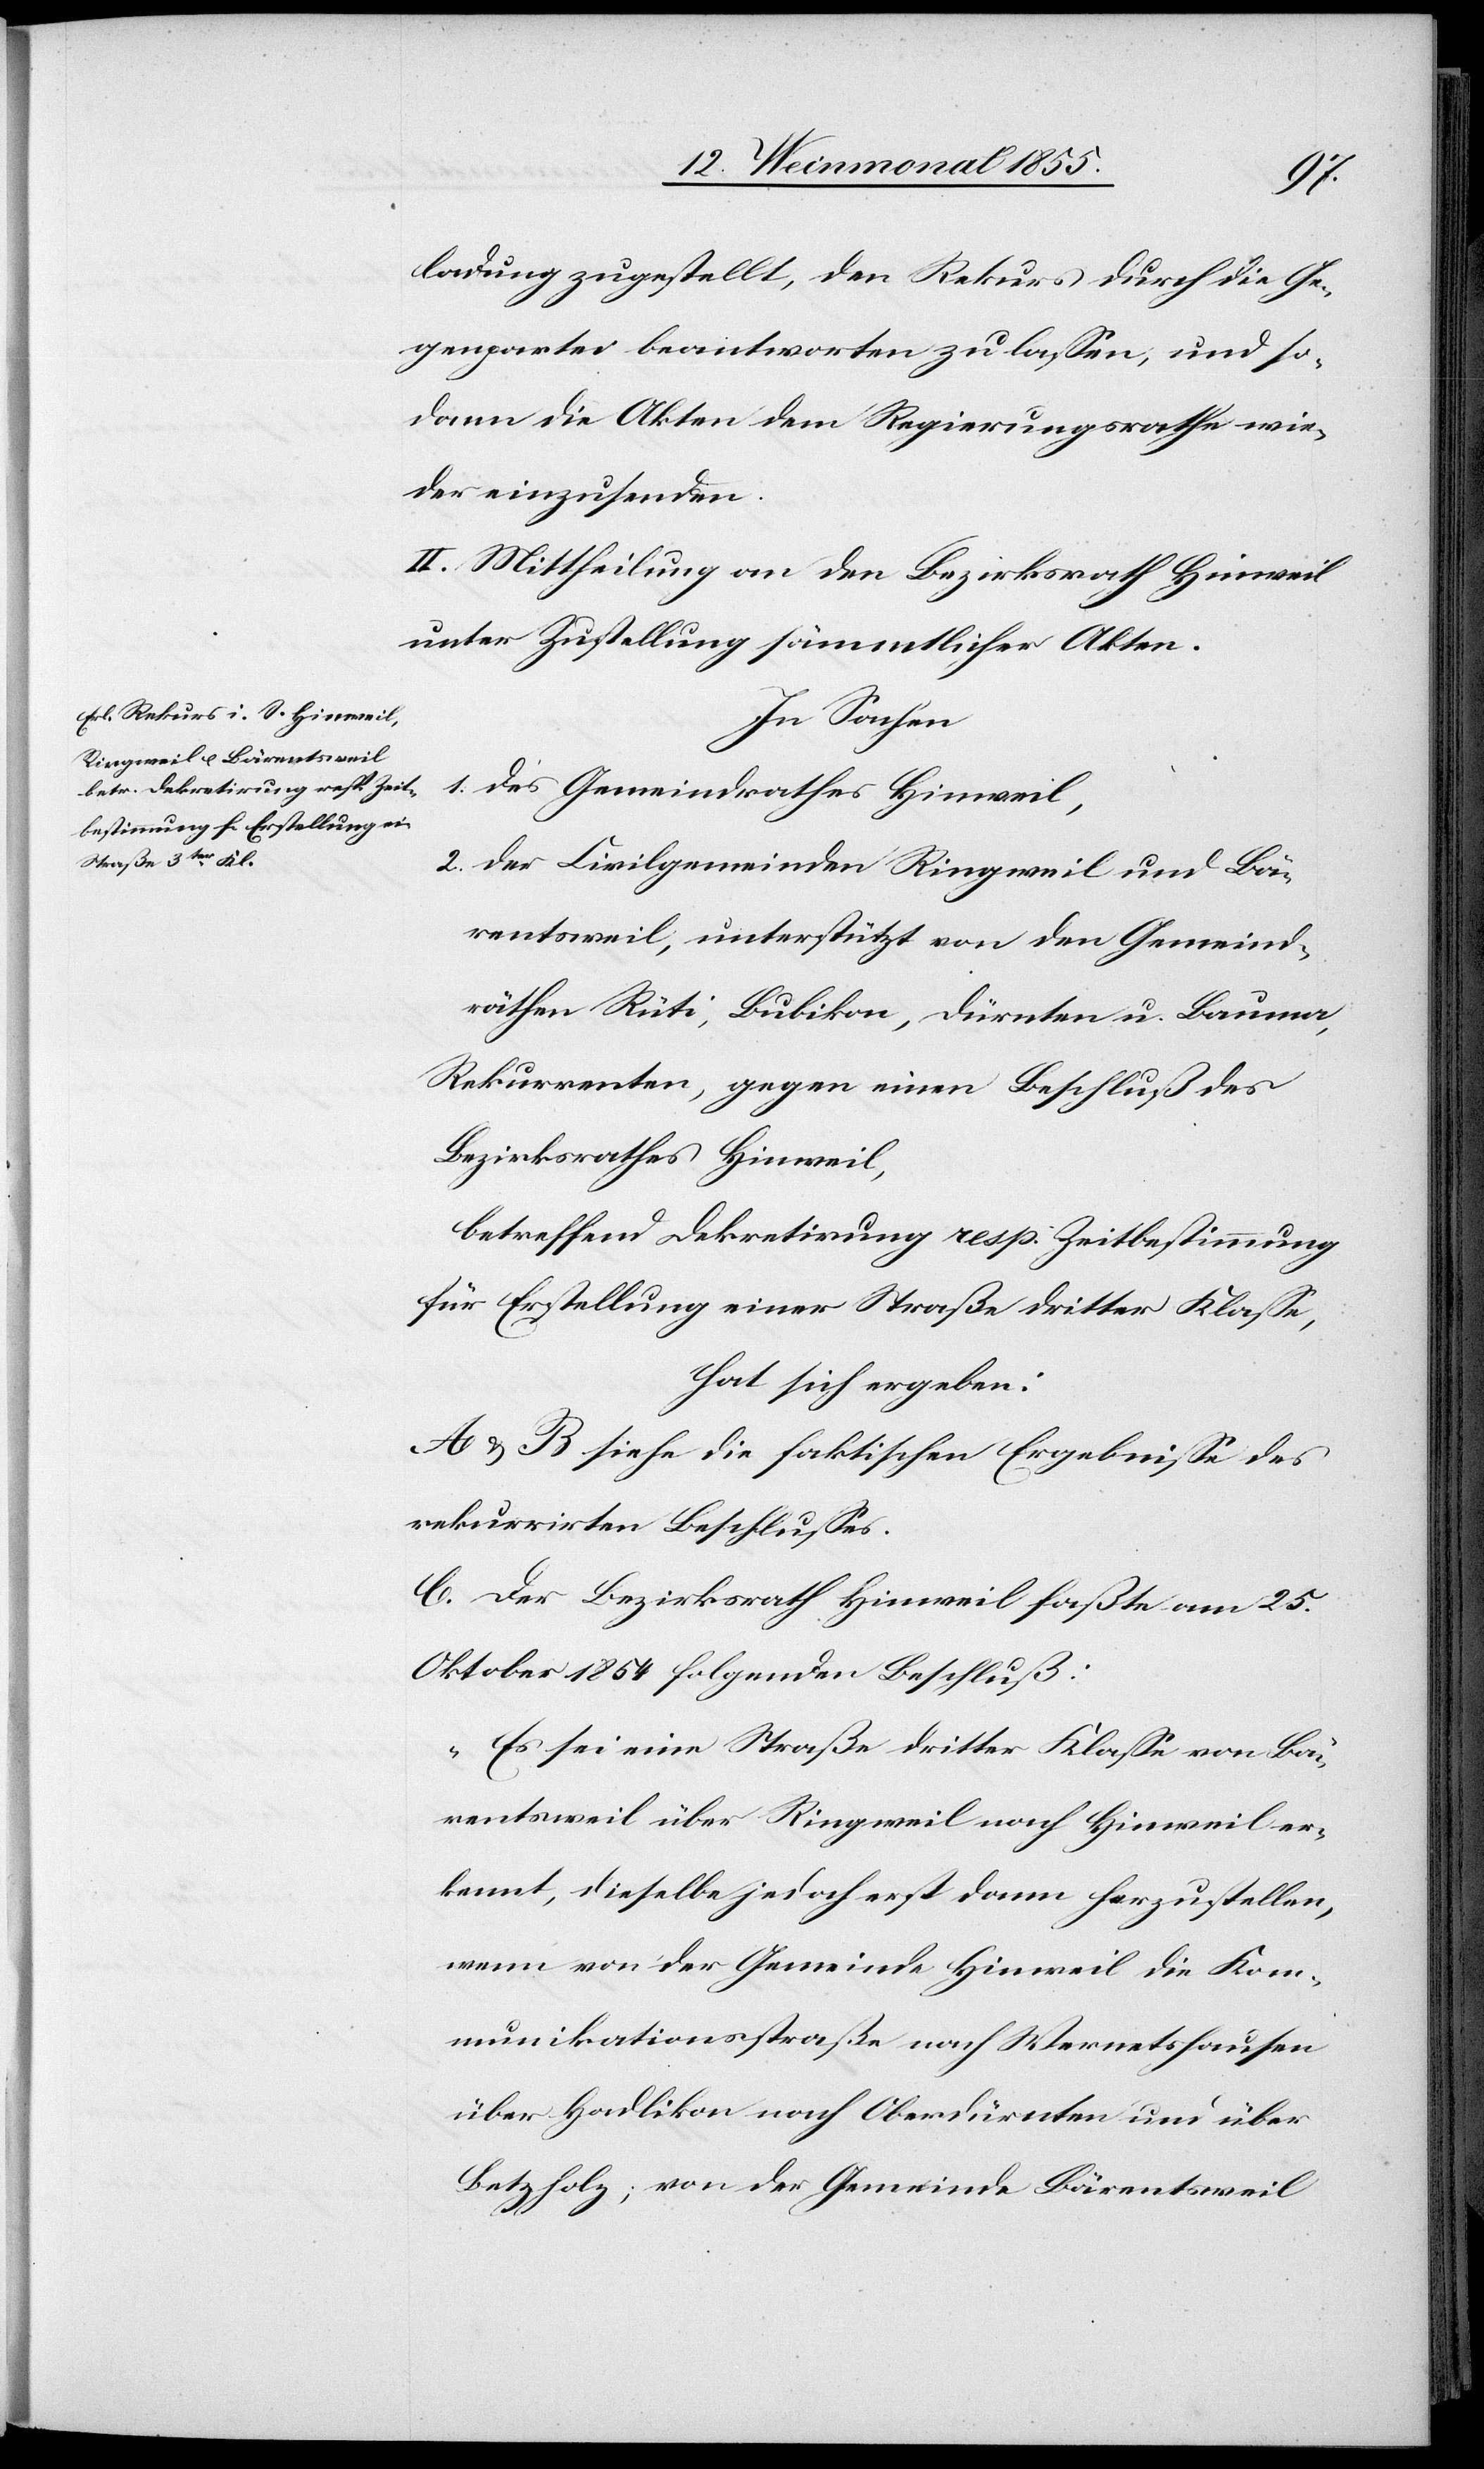
ladung zugestellt, den Rekurs durch die Ge¬
genpartei beantworten zu lassen, und so¬
dann die Akten dem Regierungsrathe wie¬
der einzusenden.
II. Mittheilung an den Bezirksrath Hinweil
unter Zustellung sämmtlicher Akten.
In Sachen
des Gemeindrathes Hinweil,
der Civilgemeinden Ringweil und Bä¬
rentsweil, unterstützt von den Gemeind¬
räthen Rüti, Bubikon, Dürnten u. Bauma,
Rekurrenten, gegen einen Beschluß des
Bezirksrathes Hinweil,
betreffend Dekretirung resp. Zeitbestimmung
für Erstellung einer Straße dritter Klasse,
hat sich ergeben:
A & B siehe die faktischen Ergebnisse des
rekurrirten Beschlusses.
C. Der Bezirksrath Hinweil faßte am 25.
Oktober 1854 folgenden Beschluß:
„Es sei eine Straße dritter Klasse von Bä¬
rentsweil über Ringweil nach Hinweil er¬
kennt, dieselbe jedoch erst dann herzustellen,
wenn von der Gemeinde Hinweil die Kom¬
munikationsstraße nach Wernetshausen
über Hadlikon nach Oberdürnten und über
Betzholz; von der Gemeinde Bärentsweil